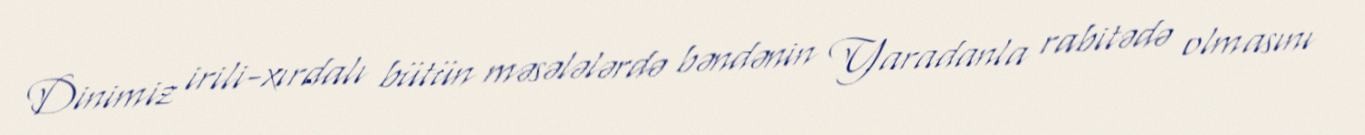
Dinimiz irili-xırdalı bütün məsələlərdə bəndənin Yaradanla rabitədə olmasını